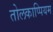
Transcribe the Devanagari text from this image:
तोलकाप्पियम